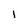
Character: 1